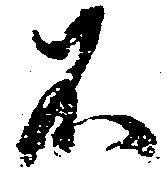
不